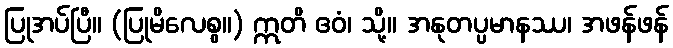
ပြုအပ်ပြီ။ (ပြုမိလေစွ။) ဣတိ ဧဝံ၊ သို့။ အနုတပ္ပမာနဿ၊ အဖန်ဖန်